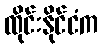
ထိုင်းနိုင်ငံက